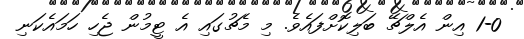
1-0 އިން އެލްޗޭ ބަލިކޮށްފައެވެ. މި މެޗުގައި އެ ޓީމުން ޖެހި ހަމައެކަނި